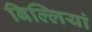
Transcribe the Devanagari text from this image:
बिल्‍लियां